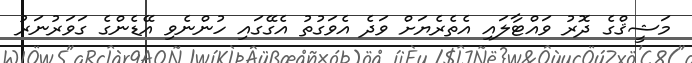
މަޝީޤްގެ ދޮރު ވައްޓާލައި އެތެރެޔަށް ވަދެ އެވަގުތު އެގޭގައި ހުންނެވި އޭޑެންގެ ގަވަރުނަރު